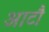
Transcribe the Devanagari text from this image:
आटौ